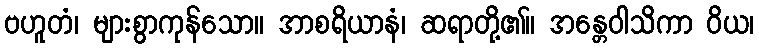
ဗဟူတံ၊ များစွာကုန်သော။ အာစရိယာနံ၊ ဆရာတို့၏။ အန္တေဝါသိကာ ဝိယ၊